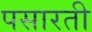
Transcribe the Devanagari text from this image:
पसारती